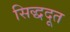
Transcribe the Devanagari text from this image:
सिद्धदूत